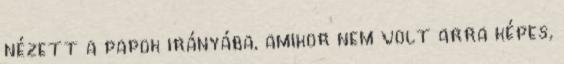
nézett a papok irányába, amikor nem volt arra képes,